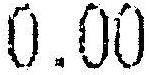
0.00